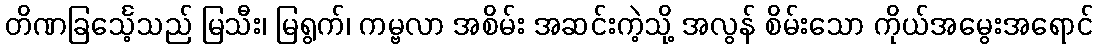
တိဏခြင်္သေ့သည် မြသီး၊ မြရွက်၊ ကမ္ဗလာ အစိမ်း အဆင်းကဲ့သို့ အလွန် စိမ်းသော ကိုယ်အမွေးအရောင်